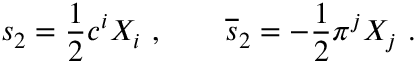
s _ { 2 } = { \frac { 1 } { 2 } } c ^ { i } X _ { i } \, \, , \quad \quad \overline { { { s } } } _ { 2 } = - { \frac { 1 } { 2 } } \pi ^ { j } X _ { j } \, \, .